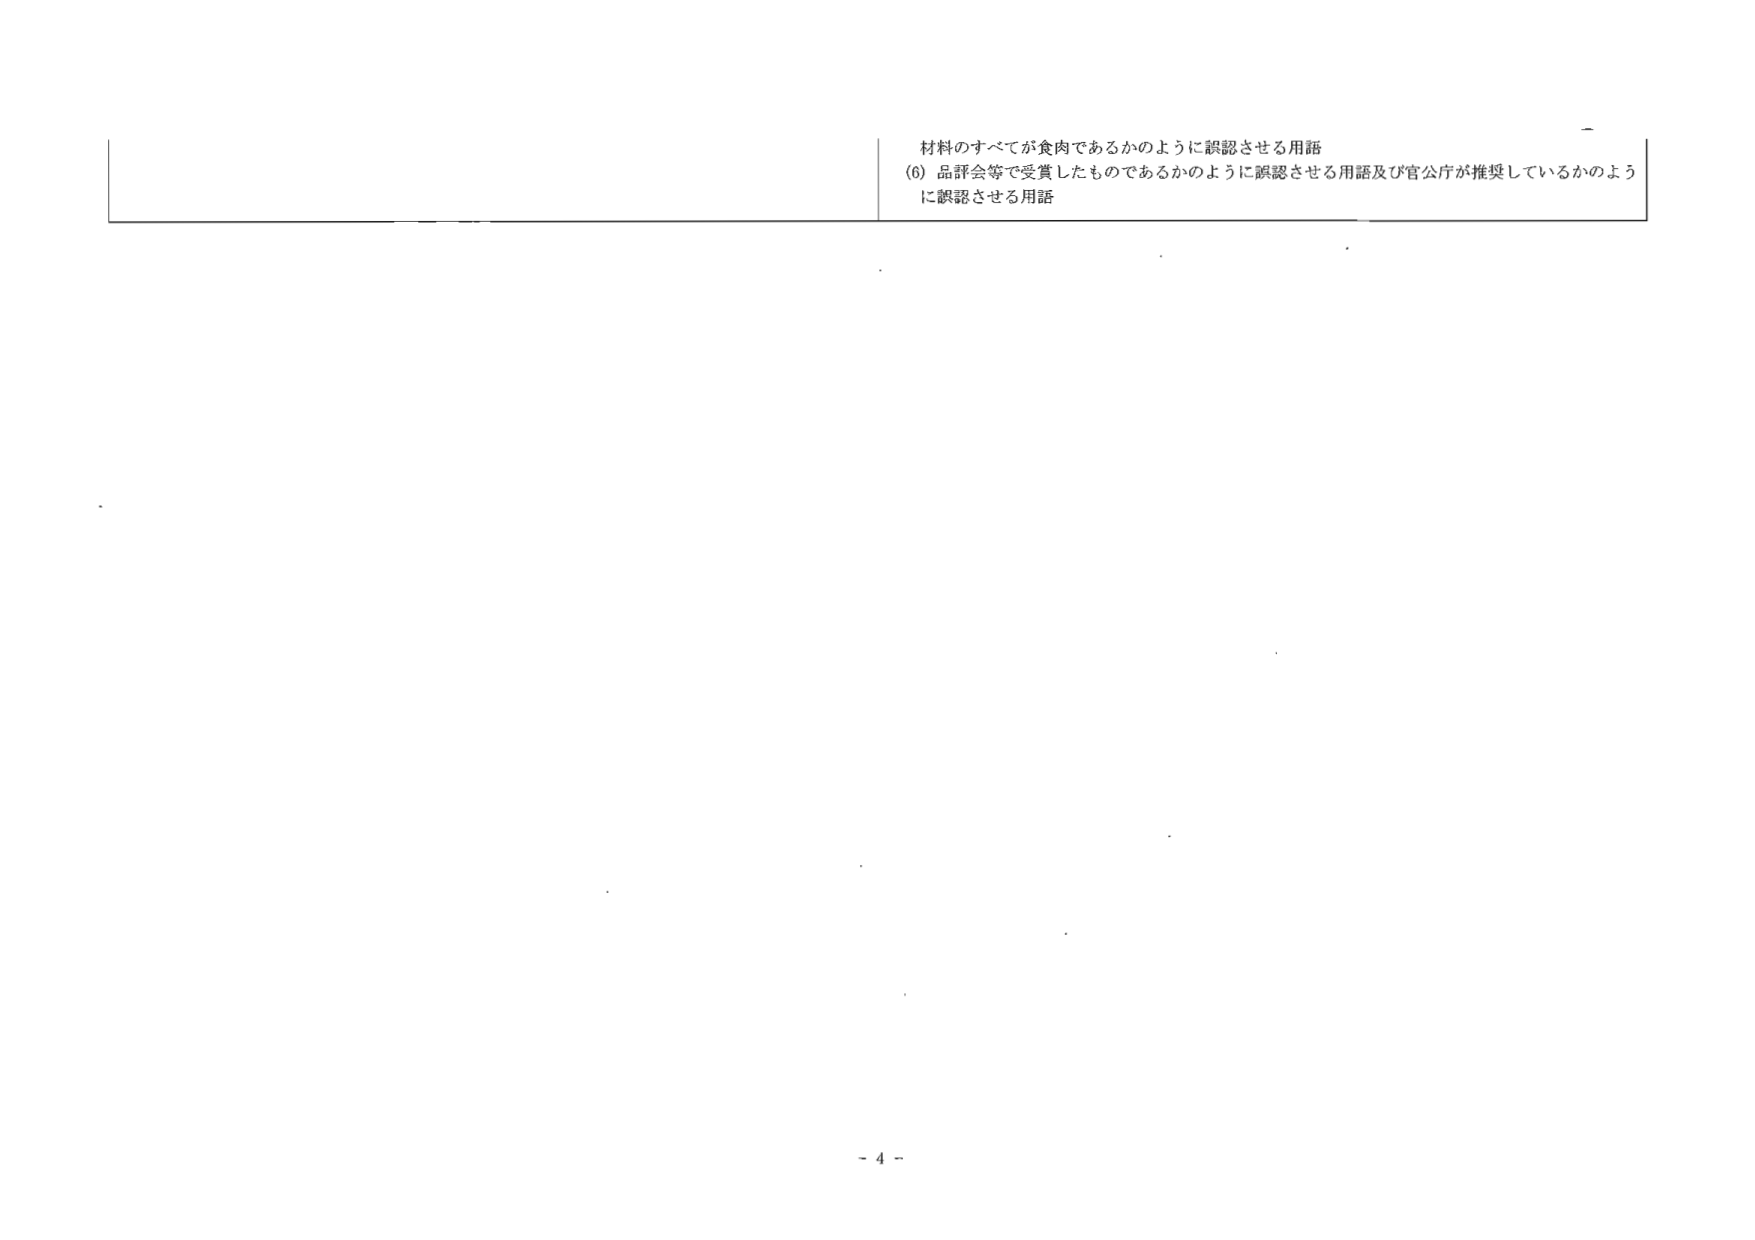
材料のすべてが食肉であるかのように誤認させる用語
(6) 品評会等で受賞したものであるかのように誤認させる用語及び官公庁が推奨しているかのように誤認させる用語
- 4 -